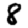
Digit: 8